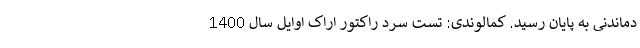
دماندنی به پایان رسید. کمالوندی: تست سرد راکتور اراک اوایل سال 1400